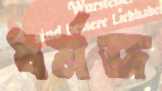
ধর্মজ